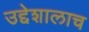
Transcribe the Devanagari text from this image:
उद्देशालाच